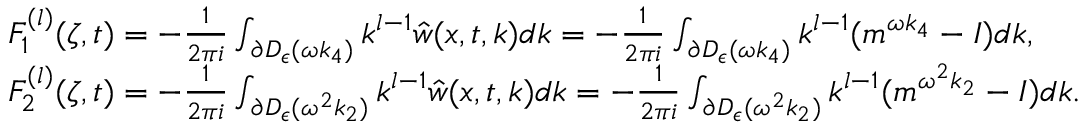
\begin{array} { r l } & { F _ { 1 } ^ { ( l ) } ( \zeta , t ) = - \frac { 1 } { 2 \pi i } \int _ { \partial D _ { \epsilon } ( \omega k _ { 4 } ) } k ^ { l - 1 } \hat { w } ( x , t , k ) d k = - \frac { 1 } { 2 \pi i } \int _ { \partial D _ { \epsilon } ( \omega k _ { 4 } ) } k ^ { l - 1 } ( m ^ { \omega k _ { 4 } } - I ) d k , } \\ & { F _ { 2 } ^ { ( l ) } ( \zeta , t ) = - \frac { 1 } { 2 \pi i } \int _ { \partial D _ { \epsilon } ( \omega ^ { 2 } k _ { 2 } ) } k ^ { l - 1 } \hat { w } ( x , t , k ) d k = - \frac { 1 } { 2 \pi i } \int _ { \partial D _ { \epsilon } ( \omega ^ { 2 } k _ { 2 } ) } k ^ { l - 1 } ( m ^ { \omega ^ { 2 } k _ { 2 } } - I ) d k . } \end{array}